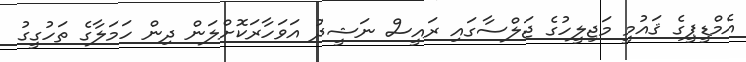
އެމްޑީޕީގެ ޤައުމީ މަޖިލީހުގެ ޖަލްސާގައި ރައީސް ނަޝީދު އަވަހާރަކޮށްލަން ދިން ހަމަލާގެ ތަހުގީގު